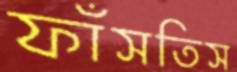
ফাঁসতিস